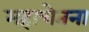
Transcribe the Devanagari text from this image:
महाचेतना